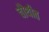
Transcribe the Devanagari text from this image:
चौथीत